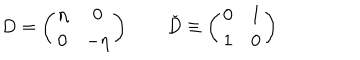
LaTeX: D = \left( \begin{matrix} { { \eta } } & { { 0 } } \\ { { 0 } } & { { - \eta } } \\ \end{matrix} \right) \qquad \check { D } \equiv \left( \begin{matrix} { { 0 } } & { { 1 } } \\ { { 1 } } & { { 0 } } \\ \end{matrix} \right)